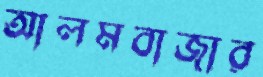
আলমবাজার